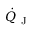
\dot { Q } _ { \textrm { J } }